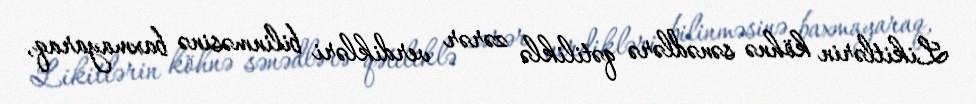
Likitlərin köhnə sənədlərə qətiliklə zərər verdikləri bilinməsinə baxmayaraq,